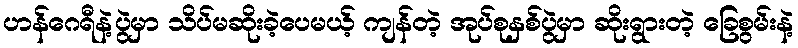
ဟန်ဂေရီနဲ့ပွဲမှာ သိပ်မဆိုးခဲ့ပေမယ့် ကျန်တဲ့ အုပ်စုနှစ်ပွဲမှာ ဆိုးရွားတဲ့ ခြေစွမ်းနဲ့